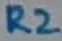
Text: R2